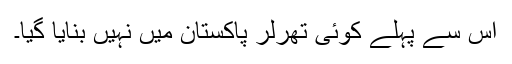
اس سے پہلے کوئی تھرلر پاکستان میں نہیں بنایا گیا۔